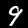
Digit: 9